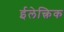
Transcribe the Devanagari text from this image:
ईलेक्त्रिक